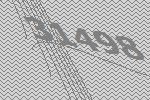
31498